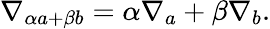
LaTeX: \nabla_{\alpha a+\beta b}=\alpha\nabla_{a}+\beta\nabla_{b}.